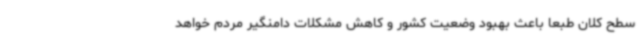
سطح کلان طبعاً باعث بهبود وضعیت کشور و کاهش مشکلات دامنگیر مردم خواهد